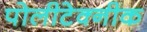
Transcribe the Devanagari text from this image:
पोलीटेक्‍नीक